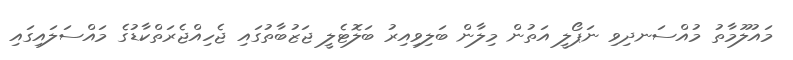
މައުލޫމާތު މުއްސަނދިވި ނަޕޯލީ އަތުން މިލާން ބަލިވިއިރު ބަލޮޓެލީ ޖަޒުބާތުގައި ޖެހިއްޖެރަތްކާޑުގެ މައްސަލައިގައި